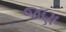
જણ